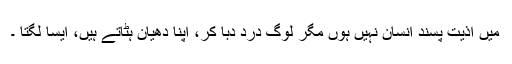
میں اذیت پسند انسان نہیں ہوں مگر لوگ درد دبا کر، اپنا دھیان ہٹاتے ہیں، ایسا لگتا ۔